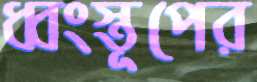
ধ্বংস্তূপের